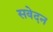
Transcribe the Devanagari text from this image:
सवेदन